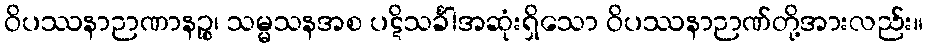
ဝိပဿနာဉာဏာနဉ္စ၊ သမ္မသနအစ ပဋိသင်္ခါအဆုံးရှိသော ဝိပဿနာဉာဏ်တို့အားလည်း။